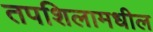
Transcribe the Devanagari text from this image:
तपशिलामधील